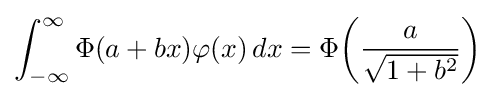
\int _{-\infty }^{\infty }\Phi (a+bx)\varphi (x)\,dx=\Phi {\left({\frac {a}{\sqrt {1+b^{2}}}}\right)}